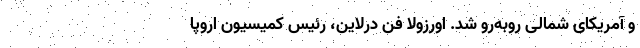
و آمریکای شمالی رو‌به‌رو شد. اورزولا فن درلاین، رئیس کمیسیون اروپا